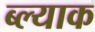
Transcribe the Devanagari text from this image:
ब्ल्याक